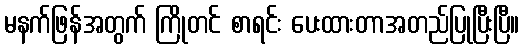
မနက်ဖြန်အတွက် ကြိုတင် စာရင်း ပေးထားတာအတည်ပြုပြီးပြီ။